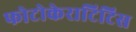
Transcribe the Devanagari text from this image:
फोटोकेराटिटिस